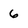
Character: 6